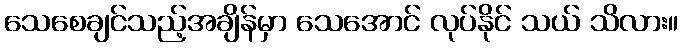
သေစေချင်သည့်အချိန်မှာ သေအောင် လုပ်နိုင် သယ် သိလား။